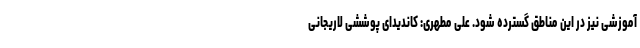
آموزشی نیز در این مناطق گسترده شود. علی مطهری: کاندیدای پوششی لاریجانی